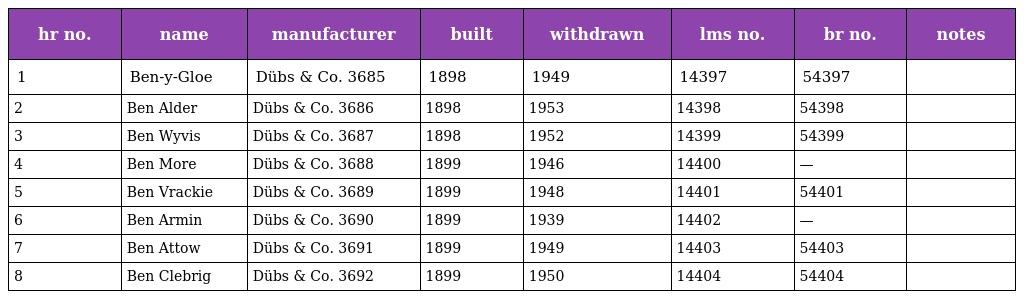
| hr no. | name | manufacturer | built | withdrawn | lms no. | br no. | notes |
 | --- | --- | --- | --- | --- | --- | --- | --- |
 | 1 | Ben-y-Gloe | Dübs & Co. 3685 | 1898 | 1949 | 14397 | 54397 |  |
 | 2 | Ben Alder | Dübs & Co. 3686 | 1898 | 1953 | 14398 | 54398 |  |
 | 3 | Ben Wyvis | Dübs & Co. 3687 | 1898 | 1952 | 14399 | 54399 |  |
 | 4 | Ben More | Dübs & Co. 3688 | 1899 | 1946 | 14400 | — |  |
 | 5 | Ben Vrackie | Dübs & Co. 3689 | 1899 | 1948 | 14401 | 54401 |  |
 | 6 | Ben Armin | Dübs & Co. 3690 | 1899 | 1939 | 14402 | — |  |
 | 7 | Ben Attow | Dübs & Co. 3691 | 1899 | 1949 | 14403 | 54403 |  |
 | 8 | Ben Clebrig | Dübs & Co. 3692 | 1899 | 1950 | 14404 | 54404 |  |